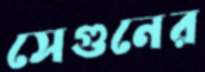
সেগুনের